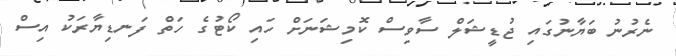
ނެރުނު ބަޔާނުގައި ޖުޑީޝަލް ސާވިސް ކޮމިޝަނަށް ހައި ކޯޓުގެ ހަތް ފަނޑިޔާރަކު އިސް